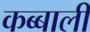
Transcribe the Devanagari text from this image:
कब्बाली